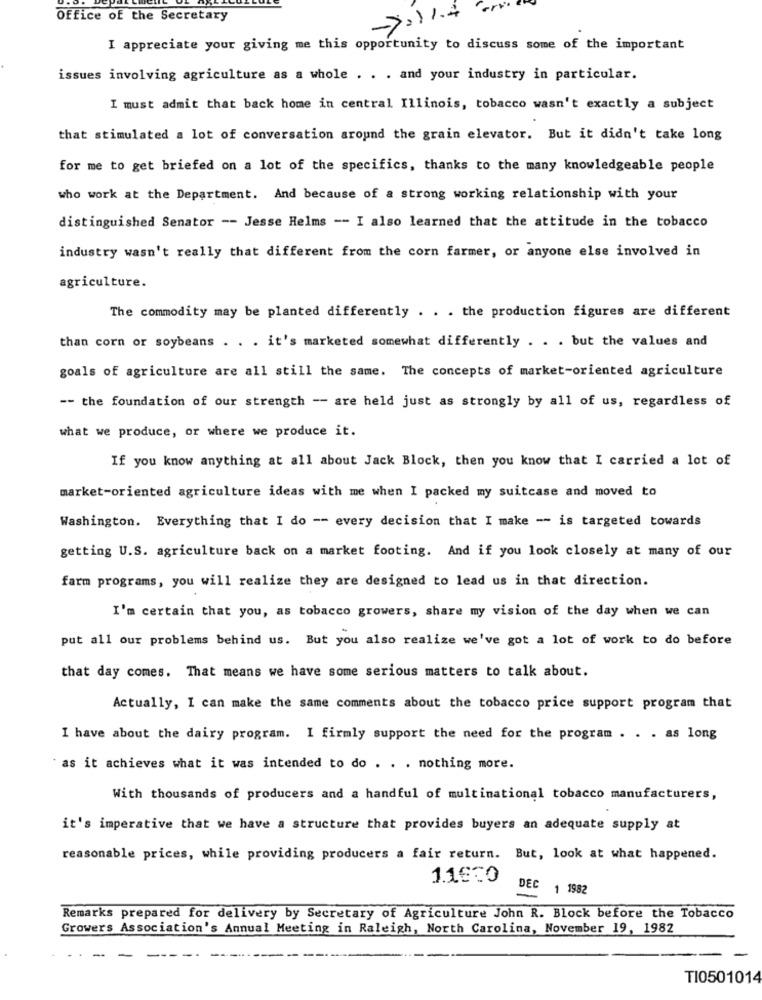
Office of the Secretary
I appreciate your giving me this opportunity to discuss some of the important
issues involving agriculture as a whole . . . and your industry in particular.
I must admit that back home in central Illinois, tobacco wasn't exactly a subject
that stimulated a lot of conversation around the grain elevator. But it didn't take long
for me to get briefed on a lot of the specifics, thanks to the many knowledgeable people
who work at the Department. And because of a strong working relationship with your
distinguished Senator -- Jesse Helms -- I also learned that the attitude in the tobacco
industry wasn't really that different from the corn farmer, or anyone else involved in
agriculture.
The commodity may be planted differently . . . the production figures are different
than corn or soybeans . . . it's marketed somewhat differently . . . but the values and
goals of agriculture are all still the same. The concepts of market-oriented agriculture
-- the foundation of our strength -- are held just as strongly by all of us, regardless of
what we produce, or where we produce it.
If you know anything at all about Jack Block, then you know that I carried a lot of
market-oriented agriculture ideas with me when I packed my suitcase and moved to
Washington. Everything that I do -- every decision that I make -- is targeted towards
getting U.S. agriculture back on a market footing. And if you look closely at many of our
farm programs, you will realize they are designed to lead us in that direction.
I'm certain that you, as tobacco growers, share my vision of the day when we can
put all our problems behind us. But you also realize we've got a lot of work to do before
that day comes. That means we have some serious matters to talk about.
Actually, I can make the same comments about the tobacco price support program that
I have about the dairy program. I firmly support the need for the program . . . as long
as it achieves what it was intended to do . . . nothing more.
With thousands of producers and a handful of multinational tobacco manufacturers,
it's imperative that we have a structure that provides buyers an adequate supply at
reasonable prices, while providing producers a fair return. But, look at what happened.
11€=0
DEC
1 1982
Remarks prepared for delivery by Secretary of Agriculture John R. Block before the Tobacco
Growers Association's Annual Meeting in Raleigh, North Carolina, November 19, 1982
TI0501014